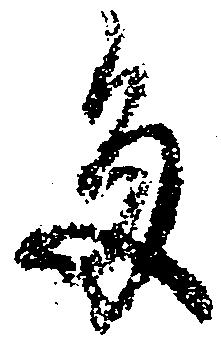
多